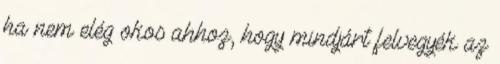
ha nem elég okos ahhoz, hogy mindjárt felvegyék az